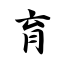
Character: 育